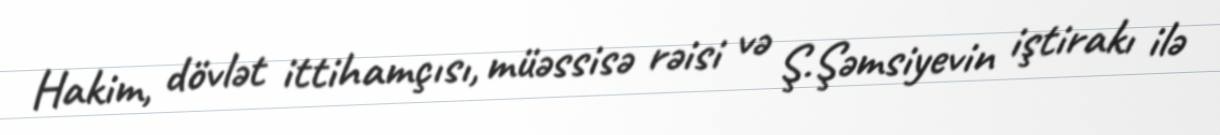
Hakim, dövlət ittihamçısı, müəssisə rəisi və Ş.Şəmsiyevin iştirakı ilə